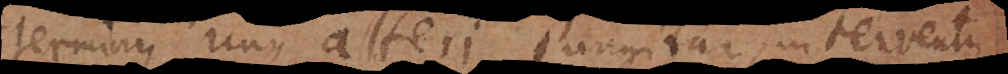
terminus unus alteri jungitur, interventu